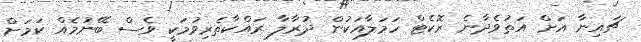
ޗައިނާ އަށް އަތުވެދާނެ ރޮކެޓް ހަމަލާއަކުން ދުރާލާ ރައްކާތެރިވުމަކީ ވެސް ބޭނުމެއް ކަމަށް